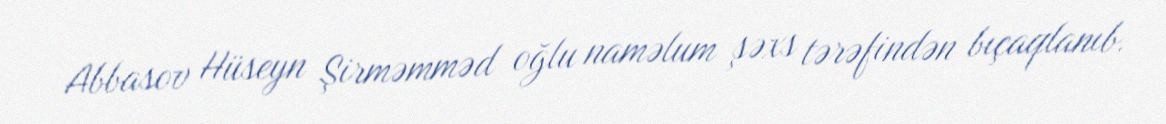
Abbasov Hüseyn Şirməmməd oğlu naməlum şəxs tərəfindən bıçaqlanıb.